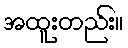
အထူးတည်း။